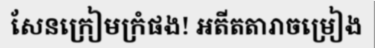
សែនក្រៀមក្រំផង! អតីតតារាចម្រៀង